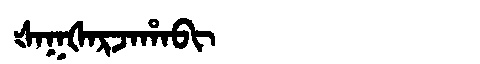
Manchu: ᡧᠠᡴᡧᠠᡵᠵᠠᡥᠠᠪᡳ
Romanization: ŠAKŠARJAHABI